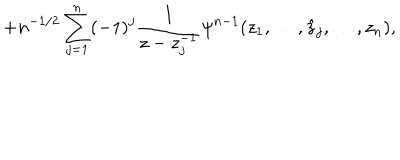
+ n ^ { - 1 / 2 } \sum _ { j = 1 } ^ { n } ( - 1 ) ^ { j } \frac 1 { z - z _ { j } ^ { - 1 } } \psi ^ { n - 1 } ( z _ { 1 } , \ldots , \hat { z } _ { j } , \ldots , z _ { n } ) ,